Report on vaccination in Madras 1922-1929 - 1922-1929
Year: 1922
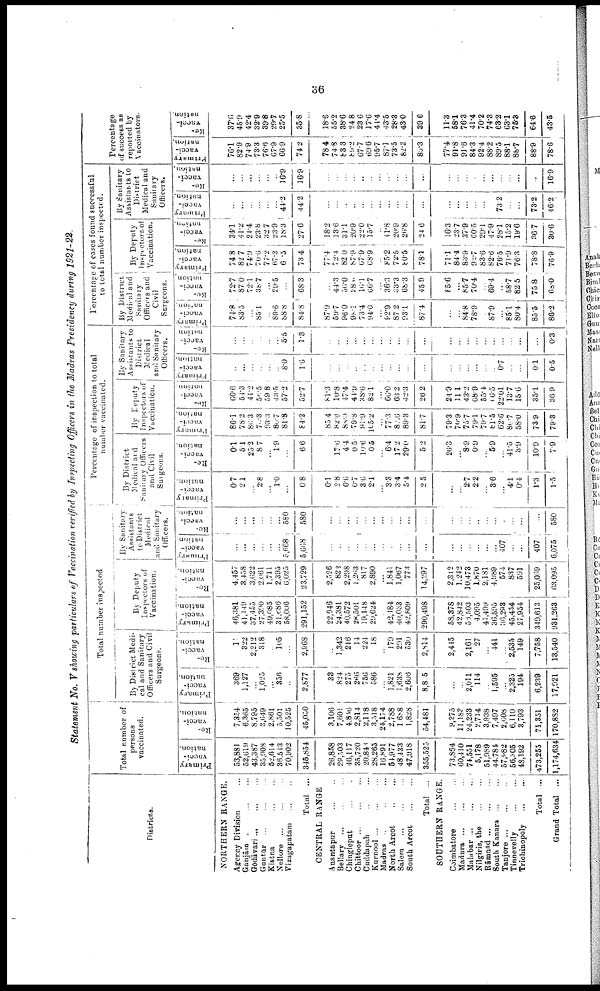
36
Statement No. V showing particulars of Vaccination verified by Inspecting Officers in the Madras Presidency during 1921-22.
Districts.
NORTHERN RANGE.
Agency Division ...
Ganjām ... ... ...
Gōdāvari ... ... ...
Guntūr ... ... ...
Kistna ... ...
Nellore ... ... ...
Vizagapatam
...
...
Total ...
CENTRAL RANGE
Anantapur
...
...
Bellary
... ... ...
Chingleput ... ...
Chittoor ... ... ...
Cuddapah ... ...
Kurnool ... ... ...
Madras ... ... ...
North Arcot
...
...
Salem ... ... ...
South Arcot
...
...
Total ...
SOUTHERN RANGE.
Coimbatore
...
...
Madura
...
...
...
Malabar ... ... ...
Nilgiris, the
...
...
Rāmnād
...
...
...
South Kanara
...
...
Tanjore
...
...
...
Tinnevelly
...
...
Trichinopoly
...
...
Total ...
Grand Total ...
Total number of
persons
vaccinated.
Primary
vacci
nation.
53,881
52,619
43,387
35,908
52,614
36,543
70,902
345,854
26,858
29,503
46,117
35,720
20,840
28,265
16,891
54,977
48,433
47,918
355,525
73,864
60,410
74,551
5,178
51,989
44,781
57,982
56,305
48,192
473,255
1,174,634
Re¬
vacci¬
nation.
7,354
6,365
8,795
3,649
2,861
5,501
10,525
45,050
3,106
7,601
4,816
2,814
2,118
3,518
24,174
2,788
1,688
1,828
54,481
9,275
11,183
24,233
2,714
3,938
7,497
2,608
6,110
3,793
71,351
170,882
Total number inspected
By District Medi¬
cal and Sanitary
Officers and Civi
Surgeons.
Primary
vacci
nation.
369
1,127
...
1,025
...
356
...
2,877
33
824
275
266
756
586
...
1,821
1,638
2,606
8,805
...
...
2,011
114
...
1,595
...
2,325
194
6,239
17,921
Re¬
vacci¬
nation.
11
322
2,212
318
...
105
...
2,968
...
1,342
216
14
224
18
...
179
291
530
2,814
2,415
...
2,161
27
...
441
...
2,535
149
7,758
13,540
By Deputy
Inspectors of
Vaccination.
Primary
vacci
nation.
46,381
41,149
37,455
27,390
49,085
31,686
58,006
291,152
22,946
24,381
40,572
28,501
19,148
29,624
...
42,484
40,033
42,809
290,498
58,378
42,842
56,503
4,095
41,499
36,595
36,293
45,454
27,954
349,613
931,263
Re¬
vacci¬
nation.
4,457
3,458
3,622
2,061
1,711
2,395
6,025
23,729
2,526
822
2,298
1,263
817
2,890
...
1,841
1,067
773
14,297
2,312
1,242
10,473
1,870
2,181
4,989
574
837
591
25,069
63,095
By Sanitary
Assistants
to District
Medical
and Sanitary
Officers.
Primary
vacci
nation.
...
...
...
...
...
...
5,668
5,668
...
...
...
...
...
...
...
...
...
...
...
...
...
...
...
...
...
407
...
...
407
6,075
Re¬
vacci
nation.
...
...
...
...
...
...
580
580
...
...
...
...
...
...
...
...
...
...
...
...
...
...
...
...
...
...
...
...
...
580
Percentage of inspection to total
number vaccinated.
By District
Medical and
Sanitary Officers
and Civil
Surgeons.
Primary
vacci
nation.
0.7
2.1
...
2.8
...
1.0
...
0.8
0.1
2.8
0.6
0.7
3.6
2.1
...
3.3
3.4
5.4
2.5
...
...
2.7
2.2
...
3.6
...
4.1
0.4
1.3
1.5
Re-
vacci
nation.
0.1
5.1
25.2
8.7
...
1.9
...
6.6
...
17.6
4.4
0.5
10.6
0.5
...
6.4
17.2
29.0
5.2
26.3
...
8.9
0.9
...
5.9
...
41.5
3.9
10.9
7.9
By Deputy
Inspectors of
Vaccination.
Primary
vacci
nation.
86.1
78.2
86.3
70.3
93.3
80.7
81.8
84.2
85.4
82.6
88.0
79.8
91.9
105.2
...
77.3
82.6
89.3
81.7
79.3
70.9
75.7
79.1
79.7
81.5
62.6
80.7
58.0
73.9
79.3
vacci
nation.
60.6
54.3
41.2
56.5
59.8
43.5
57.2
52.7
81.3
10.8
47.4
44.9
38.0
82.1
...
66.0
63.2
42.3
26.2
24.9
11.1
43.2
68.9
55.4
16.5
22.01
13.7
15.6
35.1
36.9
By Sanitary
Assistants to
District
Medical
and Sanitary
Officers.
Primary
vacci
nation.
...
...
...
...
...
...
8.0
1.6
...
...
...
...
...
...
...
...
...
...
...
...
...
...
...
...
...
0.7
...
...
0.1
0.5
Re¬
vacci
nation
...
...
...
...
...
...
5.5
1.3
...
...
...
...
...
...
...
...
...
...
...
...
...
...
...
...
...
...
...
...
...
0.3
Percentage of cases found successful
to total number inspected.
By District
Medical and
Sanitary
Officers and
Civil
Surgeons.
Primary
vacci
nation.
74.8
83.5
...
85.1
...
89.6
88.8
84.8
87.9
59.7
96.0
98.1
73.4
94.0
...
92.9
87. 2
93.1
87.4
...
...
84.8
78.9
...
87.9
...
85.1
80.4
85.5
86.2
vacci¬
nation
72.7
87.0
72.1
38.7
...
29.5
...
68.8
...
44.3
56.0
28.0
16.1
66.7
...
36.3
33.3
68.3
45.9
85.6
...
85.7
70.4
...
69.4
...
58.7
82.5
75.8
68.0
By Deputy
Inspectors of
Vaccination.
Primary
vacci
nation.
74.8
82.7
74.9
70.6
77.2
67.3
6.5
73.4
77.4
72.4
82.0
87.9
67.9
68.9
...
85.2
72.5
80.5
78.1
71.1
84.4
83.9
92.7
83.6
82.6
76.5
71.9
76.3
78.8
76.9
Re¬
vacci¬
nation.
34.1
41.2
21.4
23.8
32.7
23.9
18.3
27.6
18.2
13.6
31.1
20.9
22.0
15.7
...
41.8
20.9
26.8
24. 6
16.3
23.7
37.9
60.5
29.1
47.9
28.1
15.2
19.6
36.7
30.6
By Sanitary
Assistants to
District
Medical and
Sanitary
Officers.
Primary
vacci
nation.
...
...
...
...
...
...
44.2
44.2
...
...
...
...
...
...
...
...
...
...
...
...
...
...
...
...
...
73.2
...
...
73.2
46.2
Re¬
vacci¬
nation.
...
...
...
...
...
...
16.9
16.9
...
...
...
...
...
...
...
...
...
...
...
...
...
...
...
...
...
...
...
...
...
16.9
Percentage
of success as
reported by
Vaccinators.
Primary
vacci
nation.
76.1
82.9
74.9
73.3
76.6
67.9
66.9
74.2
78.4
74.8
83.3
89.2
67.7
69.6
95.7
87.1
73.5
82.2
80.3
77.4
91.8
91.6
84.3
92.4
88.2
89.5
88.1
88.7
88.9
78.6
Re¬
vacci¬
nation.
37.6
45.9
42.4
32.9
39.8
29.7
25.5
35.8
18.6
55.2
38.6
24.8
23.6
17.6
44.4
43.5
28.3
43.0
39.6
11.3
58.1
76.3
41.4
70.2
74.3
63.2
63.1
75.3
64.6
43.5